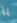
يا